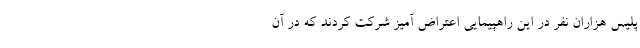
پلیس هزاران نفر در این راهپیمایی اعتراض آمیز شرکت کردند که در آن